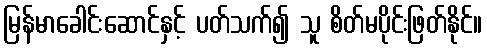
မြန်မာခေါင်းဆောင်နှင့် ပတ်သက်၍ သူ စိတ်မပိုင်းဖြတ်နိုင်။